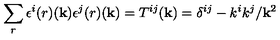
\sum _ { r } \epsilon ^ { i } { ( r ) } ( { \bf k } ) \epsilon ^ { j } { ( r ) } ( { \bf k } ) = T ^ { i j } ( { \bf k } ) = \delta ^ { i j } - k ^ { i } k ^ { j } / { \bf k } ^ { 2 }